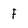
Character: f